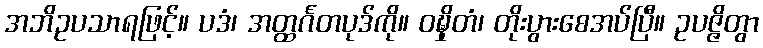
အဘိဥပသာရဖြင့်။ ပဒံ၊ အတ္ထင်္ဂတပုဒ်ကို။ ဝဍ္ဎှိတံ၊ တိုးပွားစေအပ်ပြီ။ ဥပဇ္ဇိတွာ